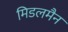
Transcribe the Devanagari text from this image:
मिडलमैन